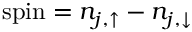
\mathrm { s p i n } = n _ { j , \uparrow } - n _ { j , \downarrow }